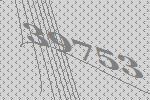
39753